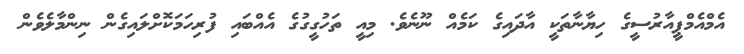
އެމްއެމްޕީއާރުސީގެ ހިޔާނާތަކީ އާދައިގެ ކަމެއް ނޫނެވެ. މިއީ ތަހުގީގުގެ އެއްބައި ފުރިހަމަކޮށްލައިގެން ނިންމާލެވެން